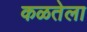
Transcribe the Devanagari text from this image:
कळतेला